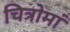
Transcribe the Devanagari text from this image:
चित्रोमां